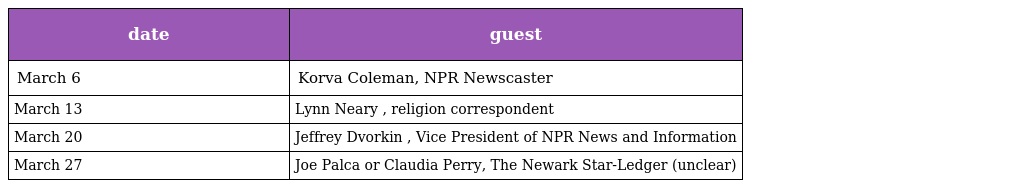
| date | guest |
 | --- | --- |
 | March 6 | Korva Coleman, NPR Newscaster |
 | March 13 | Lynn Neary , religion correspondent |
 | March 20 | Jeffrey Dvorkin , Vice President of NPR News and Information |
 | March 27 | Joe Palca or Claudia Perry, The Newark Star-Ledger (unclear) |